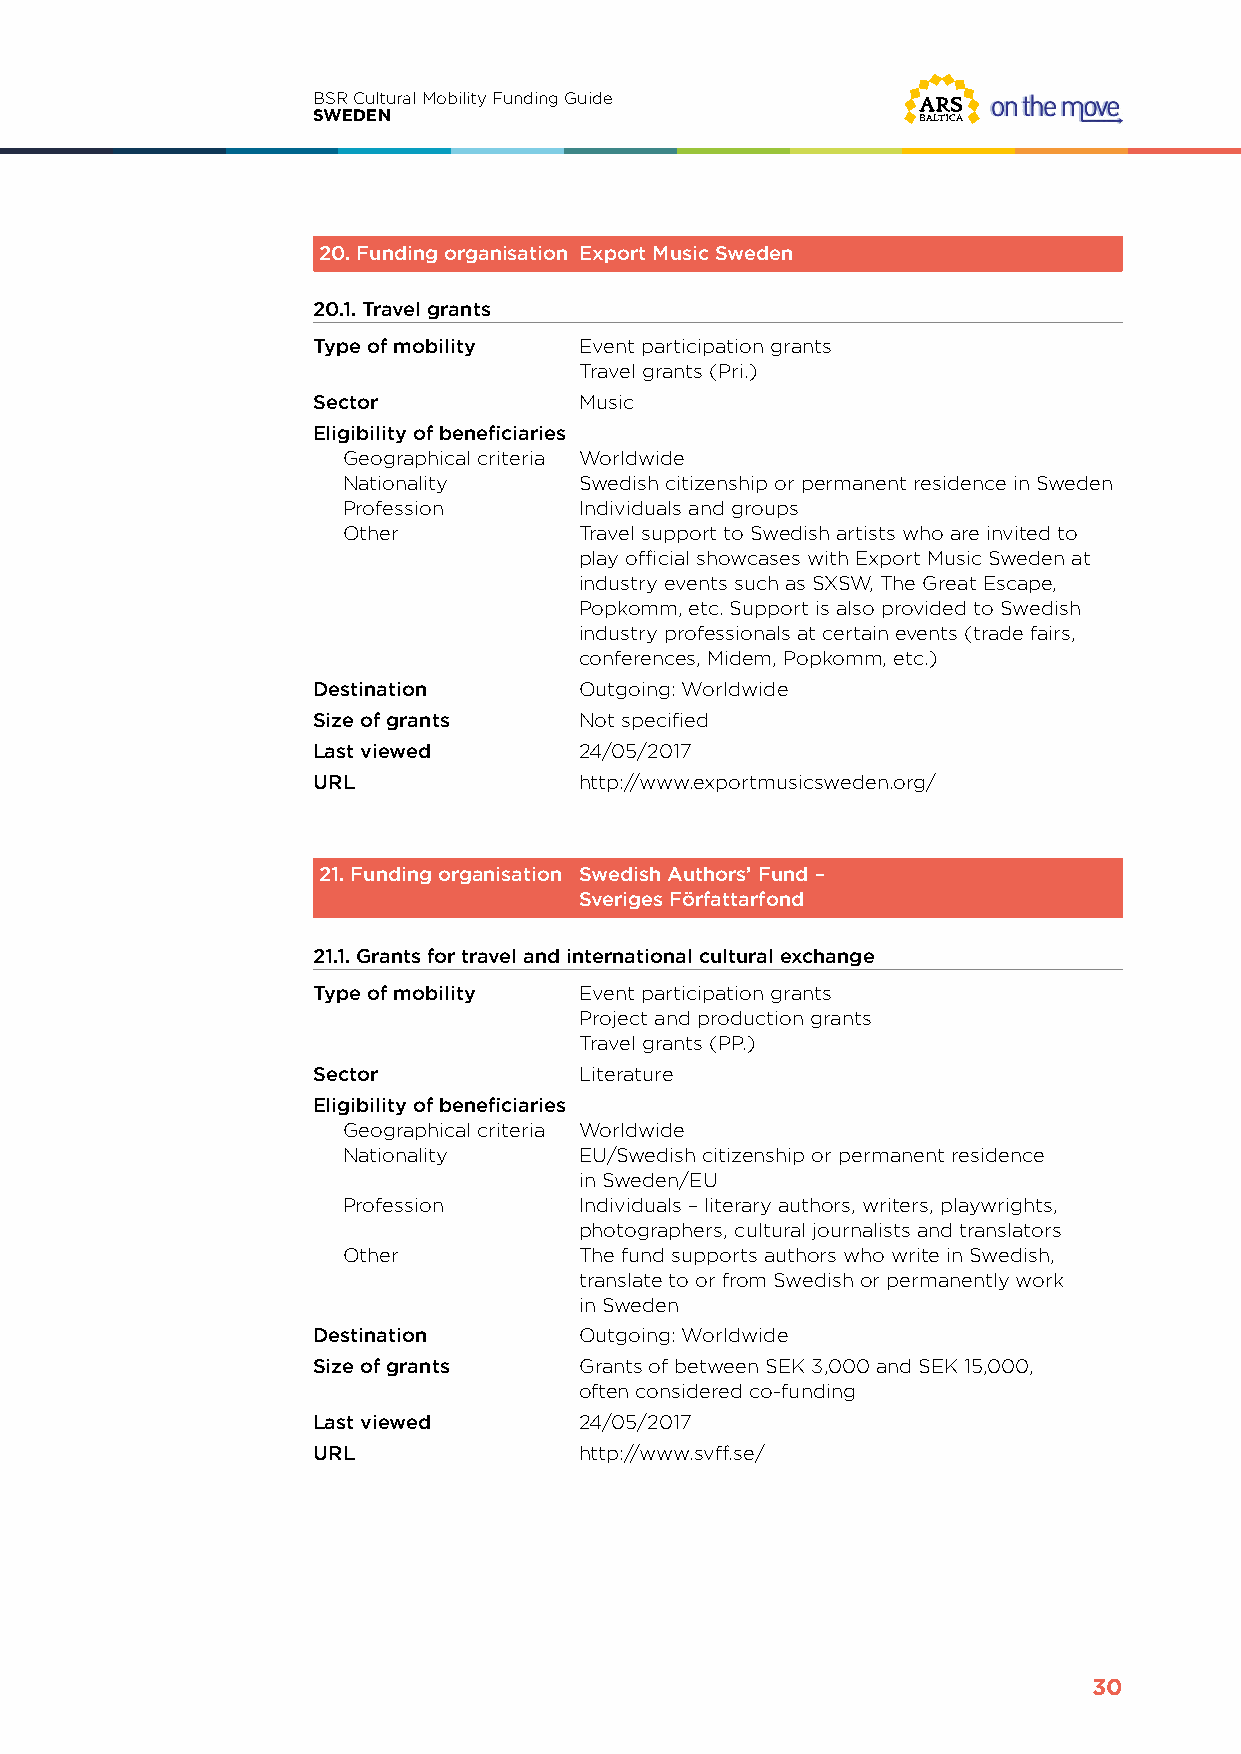
BSR Cultural Mobility Funding Guide
 SWEDEN
 20. Funding organisation Export Music Sweden
 20.1. Travel grants
 Type of mobility Event participation grants
 Travel grants (Pri.)
 Sector           Music
 Eligibility of beneficiaries
 Geographical criteria Worldwide
 Nationality    Swedish citizenship or permanent residence in Sweden
 Profession     Individuals and groups
 Other          Travel support to Swedish artists who are invited to
 play official showcases with Export Music Sweden at
 industry events such as SXSW, The Great Escape,
 Popkomm, etc. Support is also provided to Swedish
 industry professionals at certain events (trade fairs,
 conferences, Midem, Popkomm, etc.)
 Destination      Outgoing: Worldwide
 Size of grants   Not specified
 Last viewed      24/05/2017
 URL              http://www.exportmusicsweden.org/
 21. Funding organisation Swedish Authors’ Fund –
 Sveriges Författarfond
 21.1. Grants for travel and international cultural exchange
 Type of mobility Event participation grants
 Project and production grants
 Travel grants (PP.)
 Sector           Literature
 Eligibility of beneficiaries
 Geographical criteria Worldwide
 Nationality    EU/Swedish citizenship or permanent residence
 in Sweden/EU
 Profession     Individuals – literary authors, writers, playwrights,
 photographers, cultural journalists and translators
 Other          The fund supports authors who write in Swedish,
 translate to or from Swedish or permanently work
 in Sweden
 Destination      Outgoing: Worldwide
 Size of grants   Grants of between SEK 3,000 and SEK 15,000,
 often considered co-funding
 Last viewed      24/05/2017
 URL              http://www.svff.se/
 30